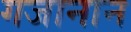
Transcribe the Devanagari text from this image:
गजानान